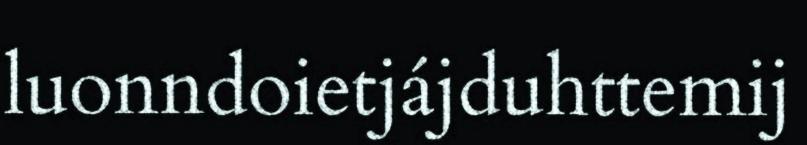
luonndoietjájduhttemij